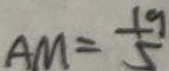
A M = \frac { 1 9 } { 5 }